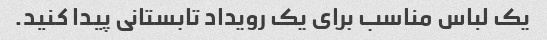
یک لباس مناسب برای یک رویداد تابستانی پیدا کنید.